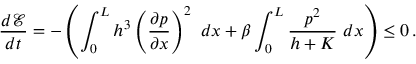
\frac { d \mathcal { E } } { d t } = - \left( \int _ { 0 } ^ { L } h ^ { 3 } \left( \frac { \partial p } { \partial x } \right) ^ { 2 } ~ d x + \beta \int _ { 0 } ^ { L } \frac { p ^ { 2 } } { h + K } ~ d x \right) \le 0 \, .